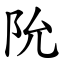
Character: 阭